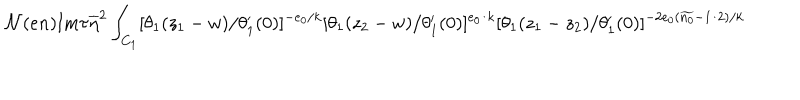
LaTeX: { \cal N } ( e n ) \mathrm { I m } \tau \overline { { { \eta } } } ^ { 2 } \int _ { C _ { 1 } } [ \theta _ { 1 } ( z _ { 1 } - w ) / \theta _ { 1 } ^ { \prime } ( 0 ) ] ^ { - e _ { 0 } / k } [ \theta _ { 1 } ( z _ { 2 } - w ) / \theta _ { 1 } ^ { \prime } ( 0 ) ] ^ { e _ { 0 } / k } [ \theta _ { 1 } ( z _ { 1 } - z _ { 2 } ) / \theta _ { 1 } ^ { \prime } ( 0 ) ] ^ { - 2 e _ { 0 } ( \widetilde { n _ { 0 } } - 1 / 2 ) / k }